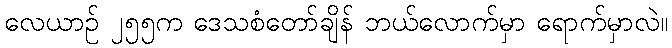
လေယာဉ် ၂၅၅က ဒေသစံတော်ချိန် ဘယ်လောက်မှာ ရောက်မှာလဲ။